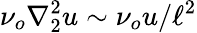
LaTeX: \nu_{o}\nabla_{2}^{2}u\sim\nu_{o}u/\ell^{2}